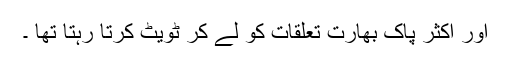
اور اکثر پاک بھارت تعلقات کو لے کر ٹویٹ کرتا رہتا تھا ۔